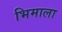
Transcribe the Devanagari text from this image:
भिमाला